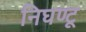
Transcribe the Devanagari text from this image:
निघण्टू